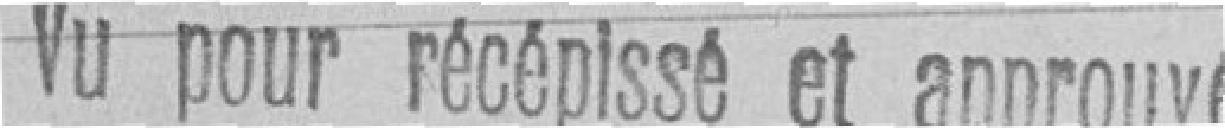
Vu pour récépissé et approuvé